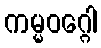
ကမ္မဝဂ္ဂေါ